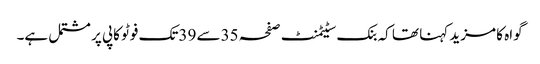
گواہ کا مزید کہنا تھا کہ بنک سٹیٹمنٹ صفحہ 35سے 39تک فوٹو کاپی پر مشتمل ہے۔